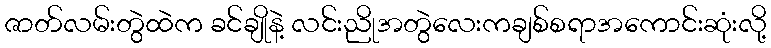
ဇာတ်လမ်းတွဲထဲက ခင်ချိုနဲ့ လင်းညိုအတွဲလေးကချစ်စရာအကောင်းဆုံးလို့